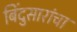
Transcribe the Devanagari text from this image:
बिंदुसारांचा